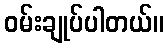
ဝမ်းချုပ်ပါတယ်။